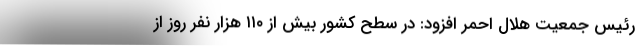
رئیس جمعیت هلال احمر افزود: در سطح کشور بیش از ۱۱۰ هزار نفر روز از